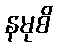
နမုစိ